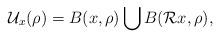
LaTeX: \begin{align*}\mathcal U_x(\rho)=B(x,\rho) \bigcup B(\mathcal Rx,\rho),\end{align*}